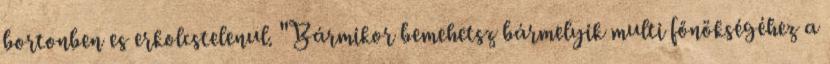
bortonben es erkolcstelenul. "Bármikor bemehetsz bármelyik multi főnökségéhez a